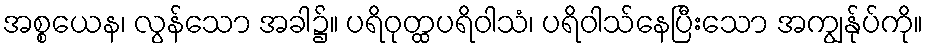
အစ္စယေန၊ လွန်သော အခါ၌။ ပရိဝုတ္ထပရိဝါသံ၊ ပရိဝါသ်နေပြီးသော အကျွန်ုပ်ကို။